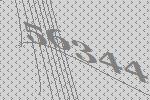
56344